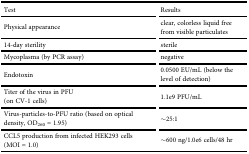
| Test | Results |
 | --- | --- |
 | Physical appearance | clear, colorless liquid free from visible particulates |
 | 14-day sterility | sterile |
 | Mycoplasma (by PCR assay) | negative |
 | Endotoxin | 0.0500 EU/mL (below the level of detection) |
 | Titer of the virus in PFU (on CV-1 cells) | 1.1e9 PFU/mL |
 | Virus-particles-to-PFU ratio (based on optical density, OD260 = 1.95) | ∼25:1 |
 | CCL5 production from infected HEK293 cells (MOI = 1.0) | ∼600 ng/1.0e6 cells/48 hr |